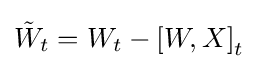
{\tilde {W}}_{t}=W_{t}-\left[W,X\right]_{t}